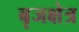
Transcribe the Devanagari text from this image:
बृजक्षेत्र